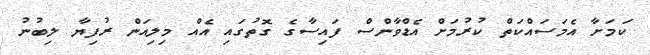
ކަމަށާ އެމަސައްކަތް ކުރުމަށް އެޑްވާންސް ފައިސާގެ ގޮތުގައި އެއް މިލިއަން ރުފިޔާ ލިބުނު